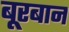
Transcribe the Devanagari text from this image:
बूरबान